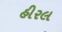
હીરલ